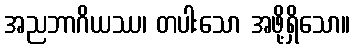
အညဘာဂိယဿ၊ တပါးသော အဖို့ရှိသော။